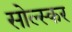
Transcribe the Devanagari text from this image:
सोल्स्कर